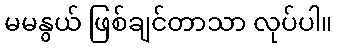
မမနွယ် ဖြစ်ချင်တာသာ လုပ်ပါ။